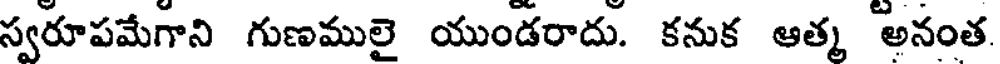
స్వరూపమేగాని గుణములై యుండరాదు. కనుక ఆత్మ అనంత.